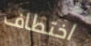
اختطاف